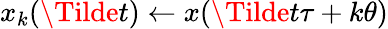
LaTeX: x_{k}(\Tilde{t})\leftarrow x(\Tilde{t}\tau+k\theta)